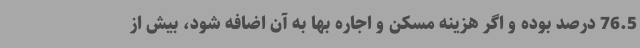
76.5 درصد بوده و اگر هزینه مسکن و اجاره بها به آن اضافه شود، بیش از